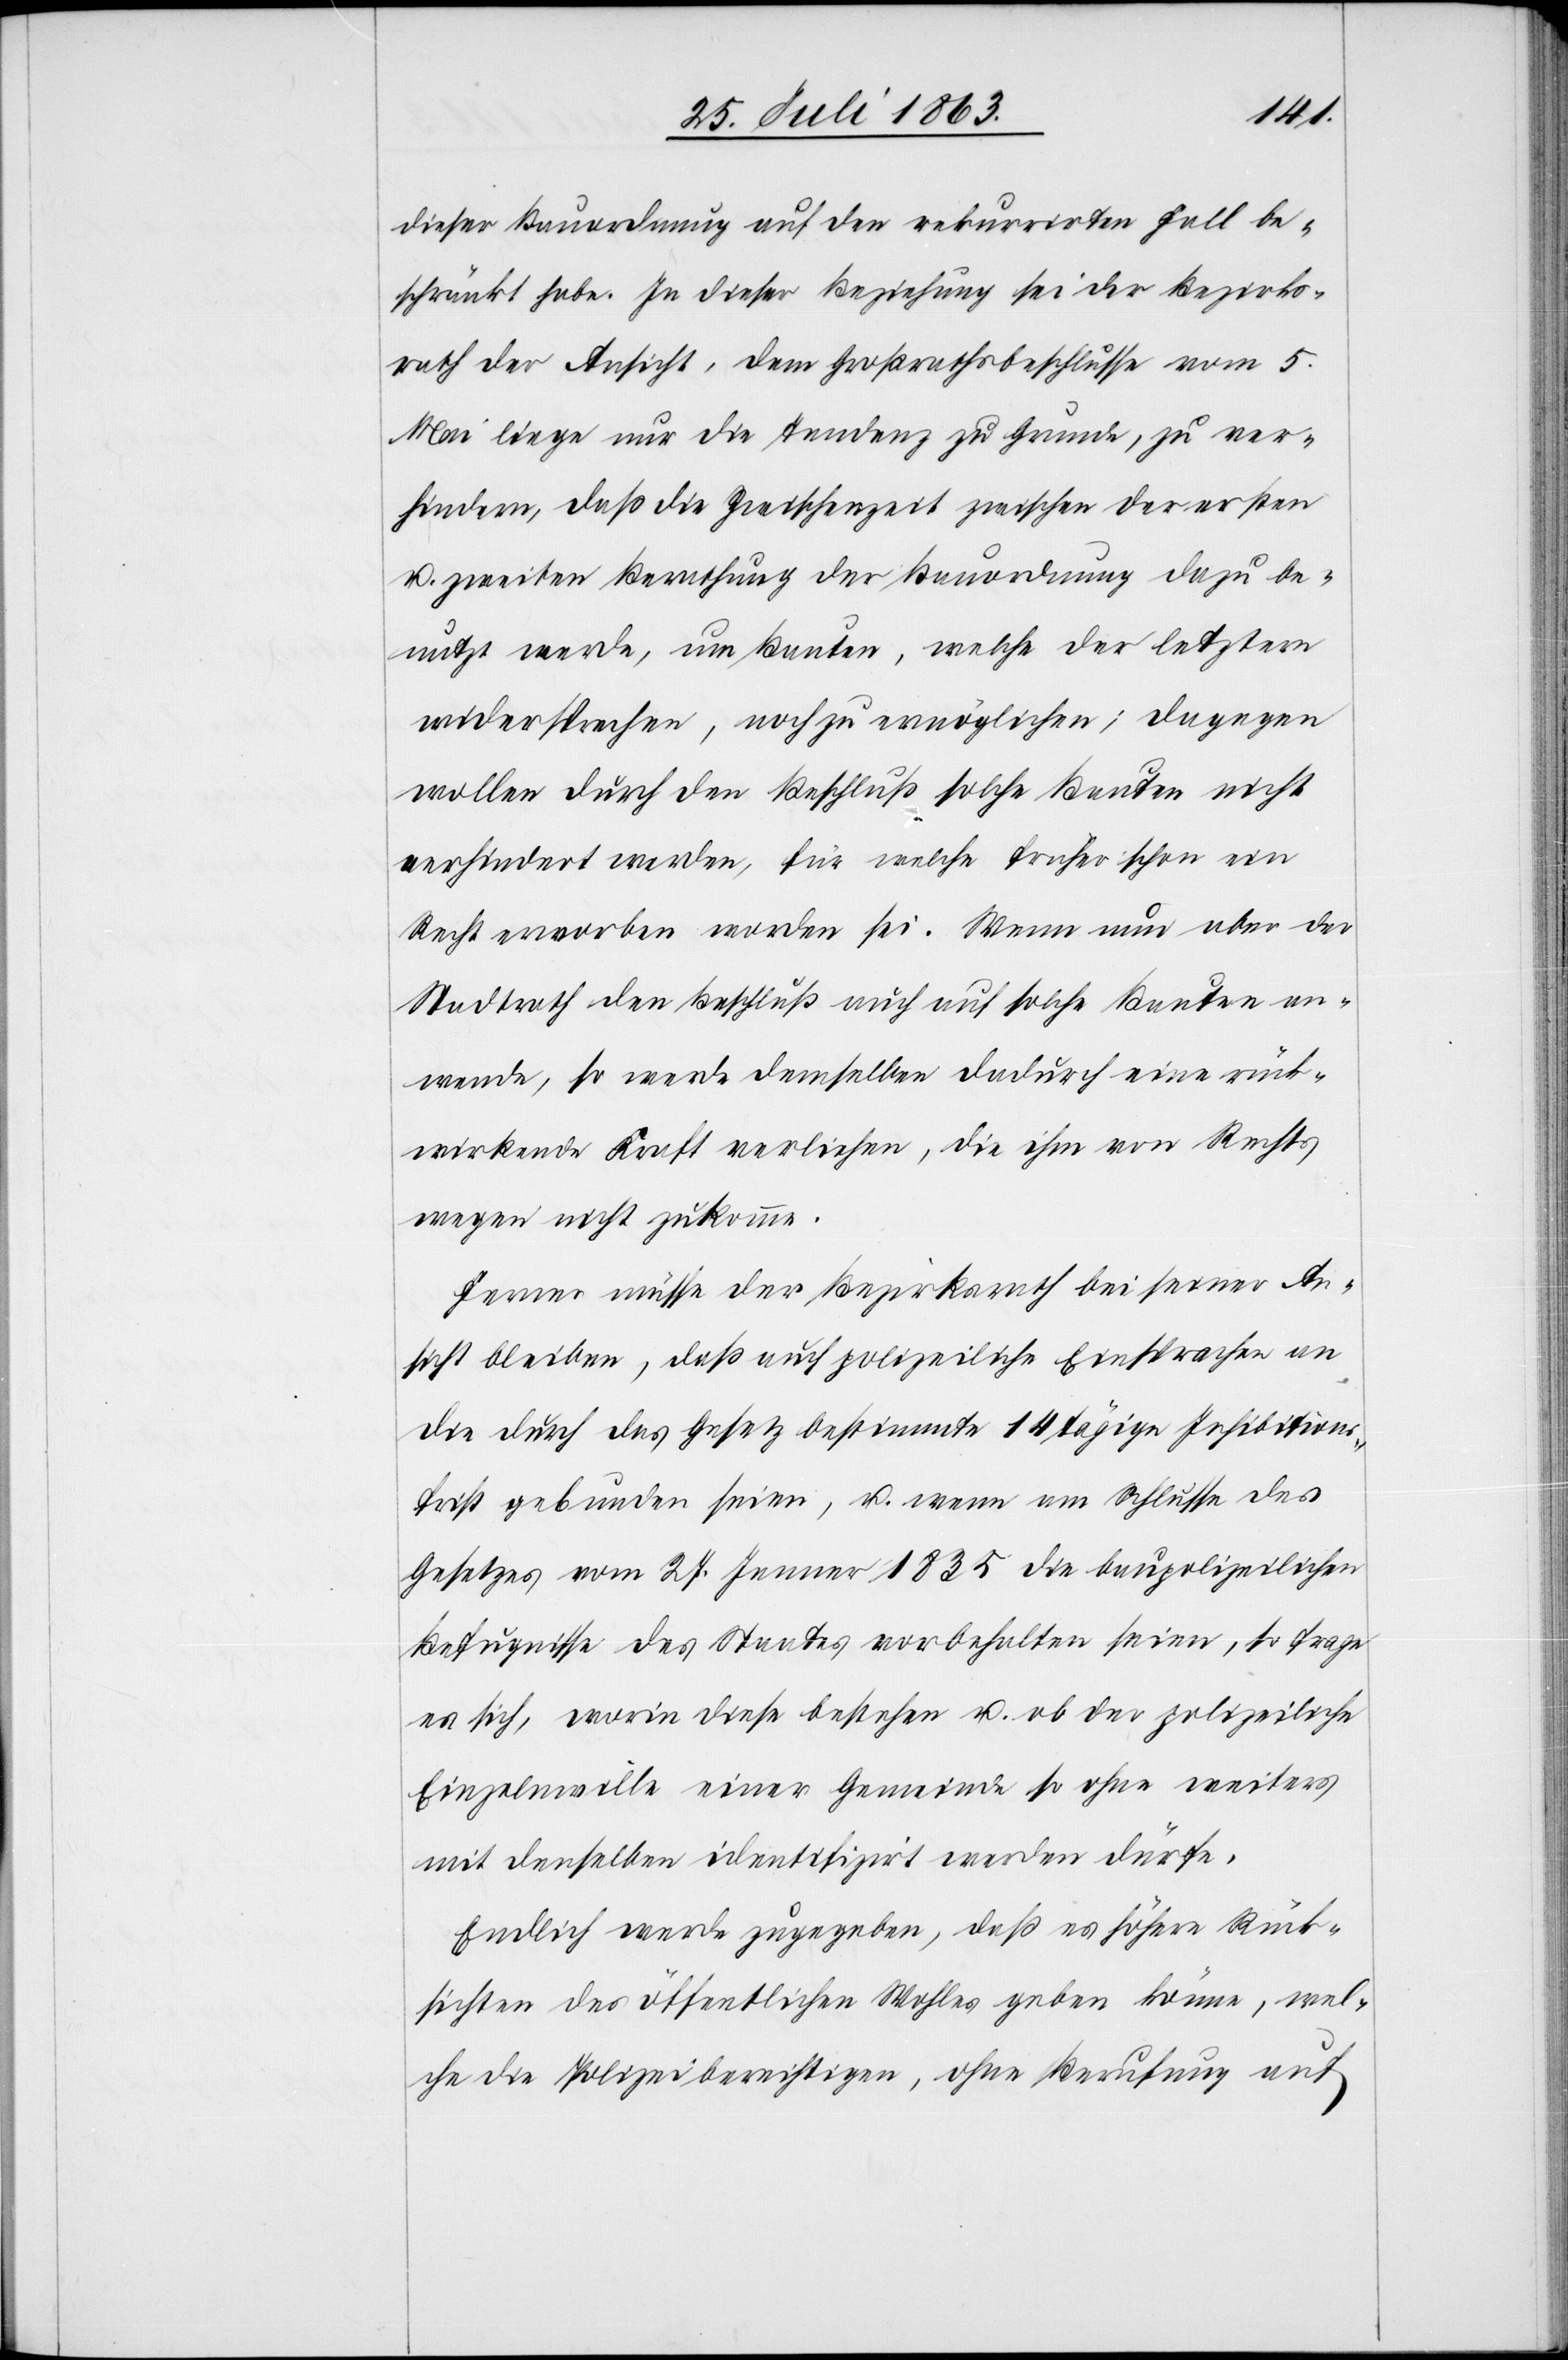
dieser Bauordnung auf den rekurrirten Fall be¬
schränkt habe. In dieser Beziehung sei der Bezirks¬
rath der Ansicht, dem Großrathsbeschlusse vom 5.
Mai liege nur die Tendenz zu Grunde, zu ver¬
hindern, daß die Zwischenzeit zwischen der ersten
u. zweiten Berathung der Bauordnung dazu be¬
nutzt werde, um Bauten, welche der letztern
widersprechen, noch zu ermöglichen; dagegen
wollen durch den Beschluß solche Bauten nicht
verhindert werden, für welche früher schon ein
Recht erworben worden sei. Wenn nun aber der
Stadtrath den Beschluß auch auf solche Bauten an¬
wende, so werde demselben dadurch eine rück¬
wirkende Kraft verliehen, die ihm von Rechts
wegen nicht zukomme.
Ferner müsse der Bezirksrath bei seiner An¬
sicht bleiben, daß auch polizeiliche Einsprachen an
die durch das Gesetz bestimmte 14 tägige Inhibitions¬
frist gebunden seien, u. wenn am Schlusse des
Gesetzes vom 27. Jenner 1835 die baupolizeilichen
Befugnisse des Staates vorbehalten seien, so frage
es sich, worin diese bestehen u. ob der polizeiliche
Einzelnwille einer Gemeinde so ohne weiters
mit denselben identifizirt werden dürfe.
Endlich werde zugegeben, daß es höhere Rück¬
sichten des öffentlichen Wohles geben könne, wel¬
che die Polizei berechtigen, ohne Berufung auf